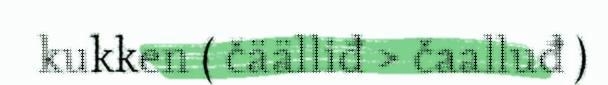
kukken ( čäälliđ > čaalluđ )